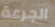
الجرعة